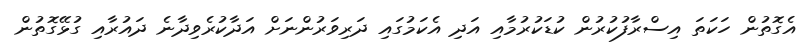
އެގޮތުން ހަކަތަ އިސްރާފުކުރުން ކުޑަކުރުމާއި އަދި އެކަމުގައި ދަރިވަރުންނަށް އަދާކުރެވިދާނެ ދައުރާއި ގުޅޭގޮތުން